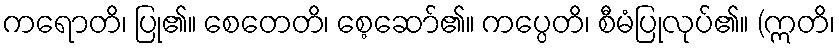
ကရောတိ၊ ပြု၏။ စေတေတိ၊ စေ့ဆော်၏။ ကပ္ပေတိ၊ စီမံပြုလုပ်၏။ (ဣတိ၊